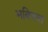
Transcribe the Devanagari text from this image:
भवियत्त